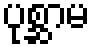
ပုစ္ဆာမ